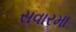
સવારમા